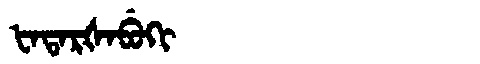
Manchu: ᡶᠠᡨᠠᡵᡧᠠᠪᡠᡴᡳ
Romanization: FATARŠABUKI